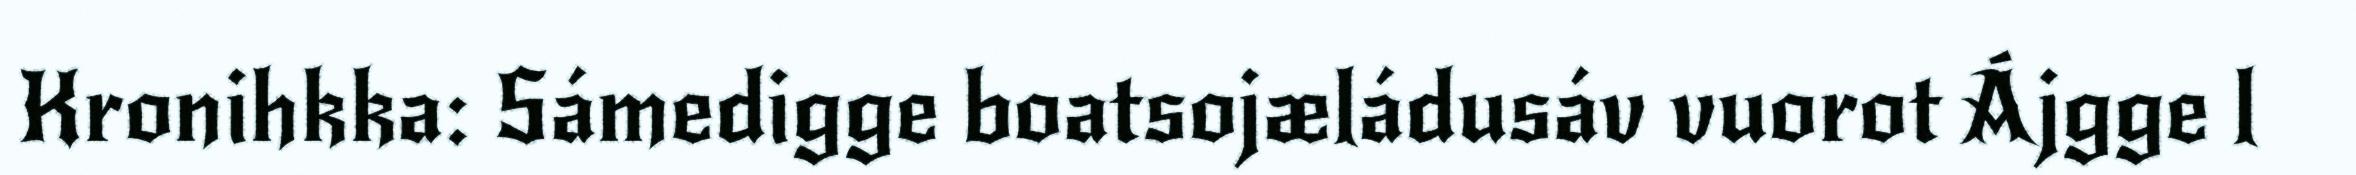
Kronihkka: Sámedigge boatsojæládusáv vuorot Ájgge l